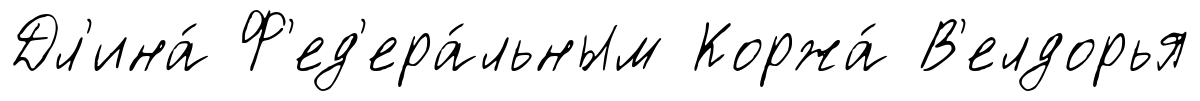
Дл'ина́ Ф'ед'ера́льным Коржа́ В'елдорья